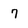
Character: 7